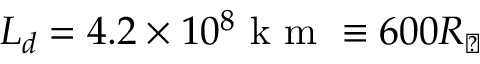
L _ { d } = 4 . 2 \times 1 0 ^ { 8 } \mathrm { ~ k ~ m ~ } \equiv 6 0 0 R _ { \sun }